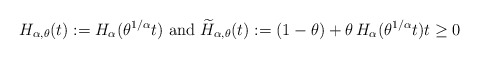
\begin{align*}H_{\alpha,\theta}(t):=H_{\alpha}(\theta^{1/\alpha}t)\text{ and }\widetilde{H}_{\alpha,\theta}(t):=(1-\theta)+\theta\,H_{\alpha}(\theta^{1/\alpha}t)t\geq0\end{align*}